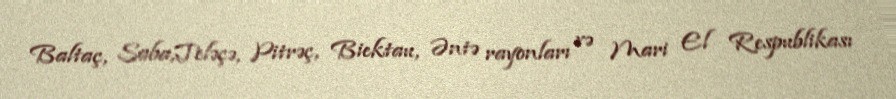
Baltaç, Saba,Teləçə, Pitrəç, Biektau, Əntə rayonları və Mari El Respublikası